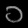
Digit: ၁